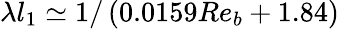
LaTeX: \lambda l_{1}\simeq 1/\left(0.0159Re_{b}+1.84\right)